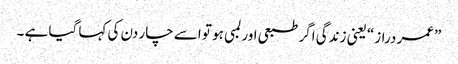
”عمر دراز“ یعنی زندگی اگر طبعی اور لمبی ہو تو اسے چار دن کی کہا گیا ہے ۔